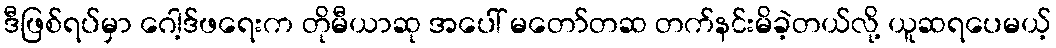
ဒီဖြစ်ရပ်မှာ ဂေါ့ဒ်ဖရေးက တိုမီယာဆု အပေါ် မတော်တဆ တက်နင်းမိခဲ့တယ်လို့ ယူဆရပေမယ့်